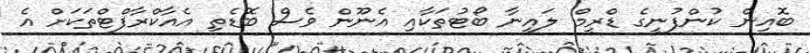
ބޮއިން ކުންފުނީގެ ޑްރީމް ލައިނާ ބޯޓުތަކާއި އެނޫން ވެސް ބޮޑެތި އެއާކްރާފްޓްތަކަށް އެ